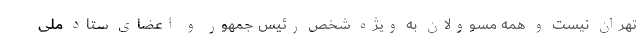
تهران نیست و همه مسوولان به ویژه شخص رئیس جمهور و اعضای ستاد ملی